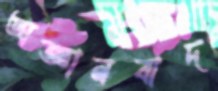
অজ্ঞানবাদ